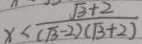
x < \frac { \sqrt { 3 } + 2 } { ( \sqrt { 3 } - 2 ) ( \sqrt { 3 } + 2 ) }